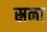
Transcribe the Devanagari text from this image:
स्रना